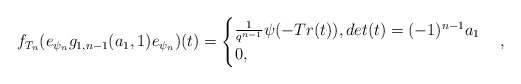
\begin{align*} f_{T_n}(e_{\psi_n}g_{1,n-1}(a_1,1)e_{\psi_n})(t)=\begin{cases} \frac{1}{q^{n-1}}\psi(-Tr(t)), det(t)=(-1)^{n-1}a_1\\ 0, \end{cases},\end{align*}